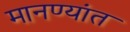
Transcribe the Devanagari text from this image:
मानण्यांत